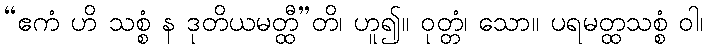
“ဧကံ ဟိ သစ္စံ န ဒုတိယမတ္ထီ”တိ၊ ဟူ၍။ ဝုတ္တံ၊ သော။ ပရမတ္ထသစ္စံ ဝါ၊